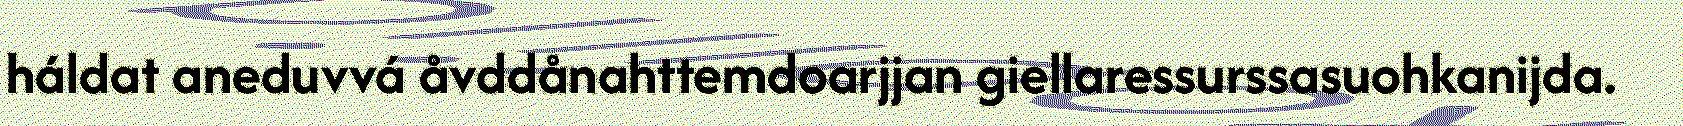
háldat aneduvvá åvddånahttemdoarjjan giellaressurssasuohkanijda.